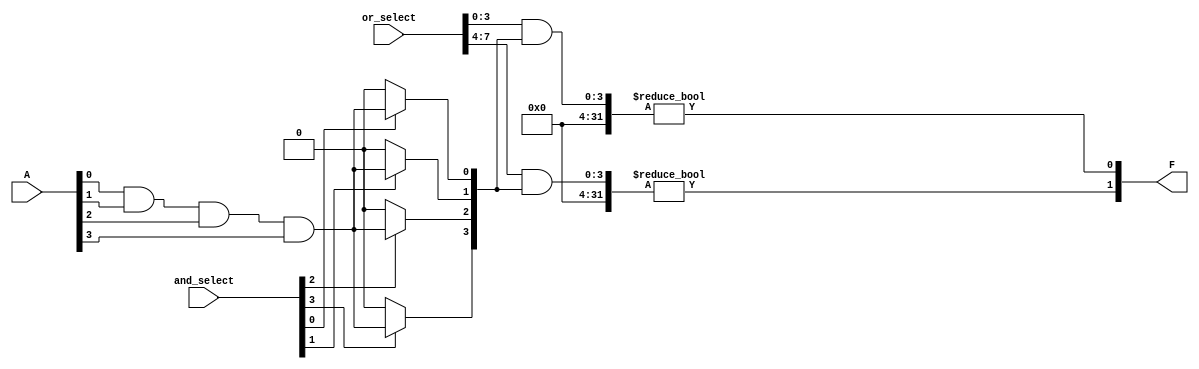
module SPAL #(
    parameter N = 4,  // Number of inputs
    parameter M = 2,  // Number of outputs
    parameter K = 4   // Number of AND gates
)(
    input wire [N-1:0] A,               // Input signals
    input wire [K-1:0] and_select,      // AND gate selection signals
    input wire [M*K-1:0] or_select,     // OR gate selection signals
    output wire [M-1:0] F                // Output signals
);

// Internal wires for AND gate outputs
wire [K-1:0] and_out;

// Programmable AND Array
genvar i;
generate
    for (i = 0; i < K; i = i + 1) begin : and_gates
        // Each AND gate can be configured based on and_select
        assign and_out[i] = (and_select[i]) ? (A[0] & A[1] & A[2] & A[3]) : 1'b0; // Example: AND of all inputs
    end
endgenerate

// Internal wires for OR gate outputs
wire [M-1:0] or_out;

// Programmable OR Array
genvar j;
generate
    for (j = 0; j < M; j = j + 1) begin : or_gates
        // Each OR gate can be configured based on or_select
        assign or_out[j] = (or_select[j*K +: K] & and_out) != 0; // OR of selected AND gate outputs
    end
endgenerate

// Assign final outputs
assign F = or_out;

endmodule